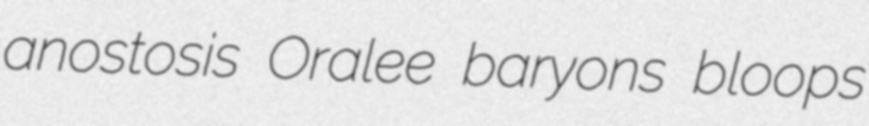
anostosis Oralee baryons bloops